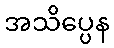
အသိပ္ပေန